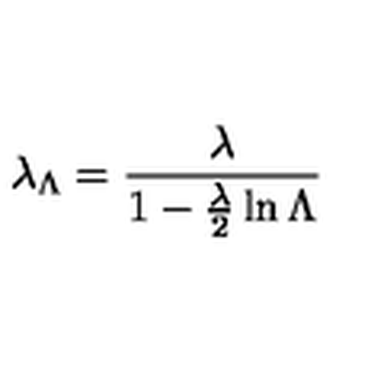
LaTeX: \lambda _ { \Lambda } = { \frac { \lambda } { 1 - { \frac { \lambda } { 2 } } \ln \Lambda } }